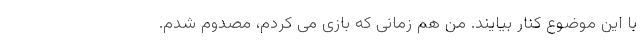
با این موضوع کنار بیایند. من هم زمانی که بازی می کردم، مصدوم شدم.